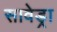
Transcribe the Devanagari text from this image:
सावेड्रा